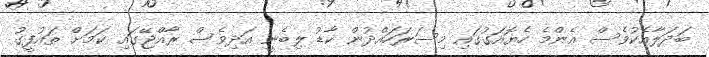
ބަދަލާއެކުވެސް އެންމެ ހެޔޮއަގުގައި މިސަރަހައްދުން ކާޑު ލިބެނީ އަދިވެސް ރާއްޖޭގައި ކަމަށް ތައުފީގު